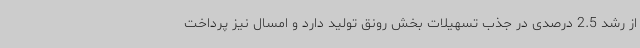
از رشد 2.5 درصدی در جذب تسهیلات بخش رونق تولید دارد و امسال نیز پرداخت